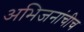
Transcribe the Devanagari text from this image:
अभिजनांचीच